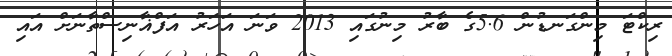
ރިކްޓަ މިންގަނޑުން 5.6ގެ ބާރު މިނުގައި 2013 ވަނަ އަހަރު އަފްޣާނިސްތާނަށް އައި